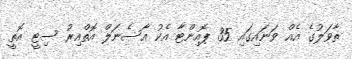
ތާވަލުގެ އެއް ވަނައިގައި 35 ޕޮއިންޓާ އެކު އާސެނަލް އޮތްއިރު ސިޓީ އޮތީ